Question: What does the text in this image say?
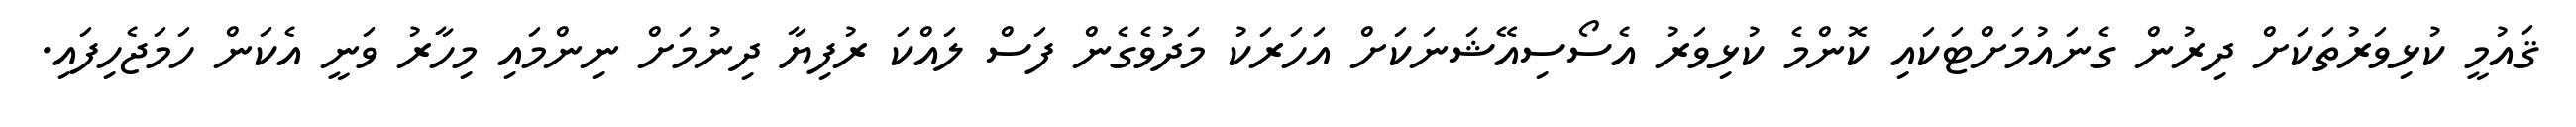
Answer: ޤައުމީ ކުޅިވަރުތަކަށް ދިރުން ގެނައުމަށްޓަކައި ކޮންމެ ކުޅިވަރު އެސޯސިއޭޝަނަކަށް އަހަރަކު މަދުވެގެން ފަސް ލައްކަ ރުފިޔާ ދިނުމަށް ނިންމައި މިހާރު ވަނީ އެކަން ހަމަޖެހިފައި.